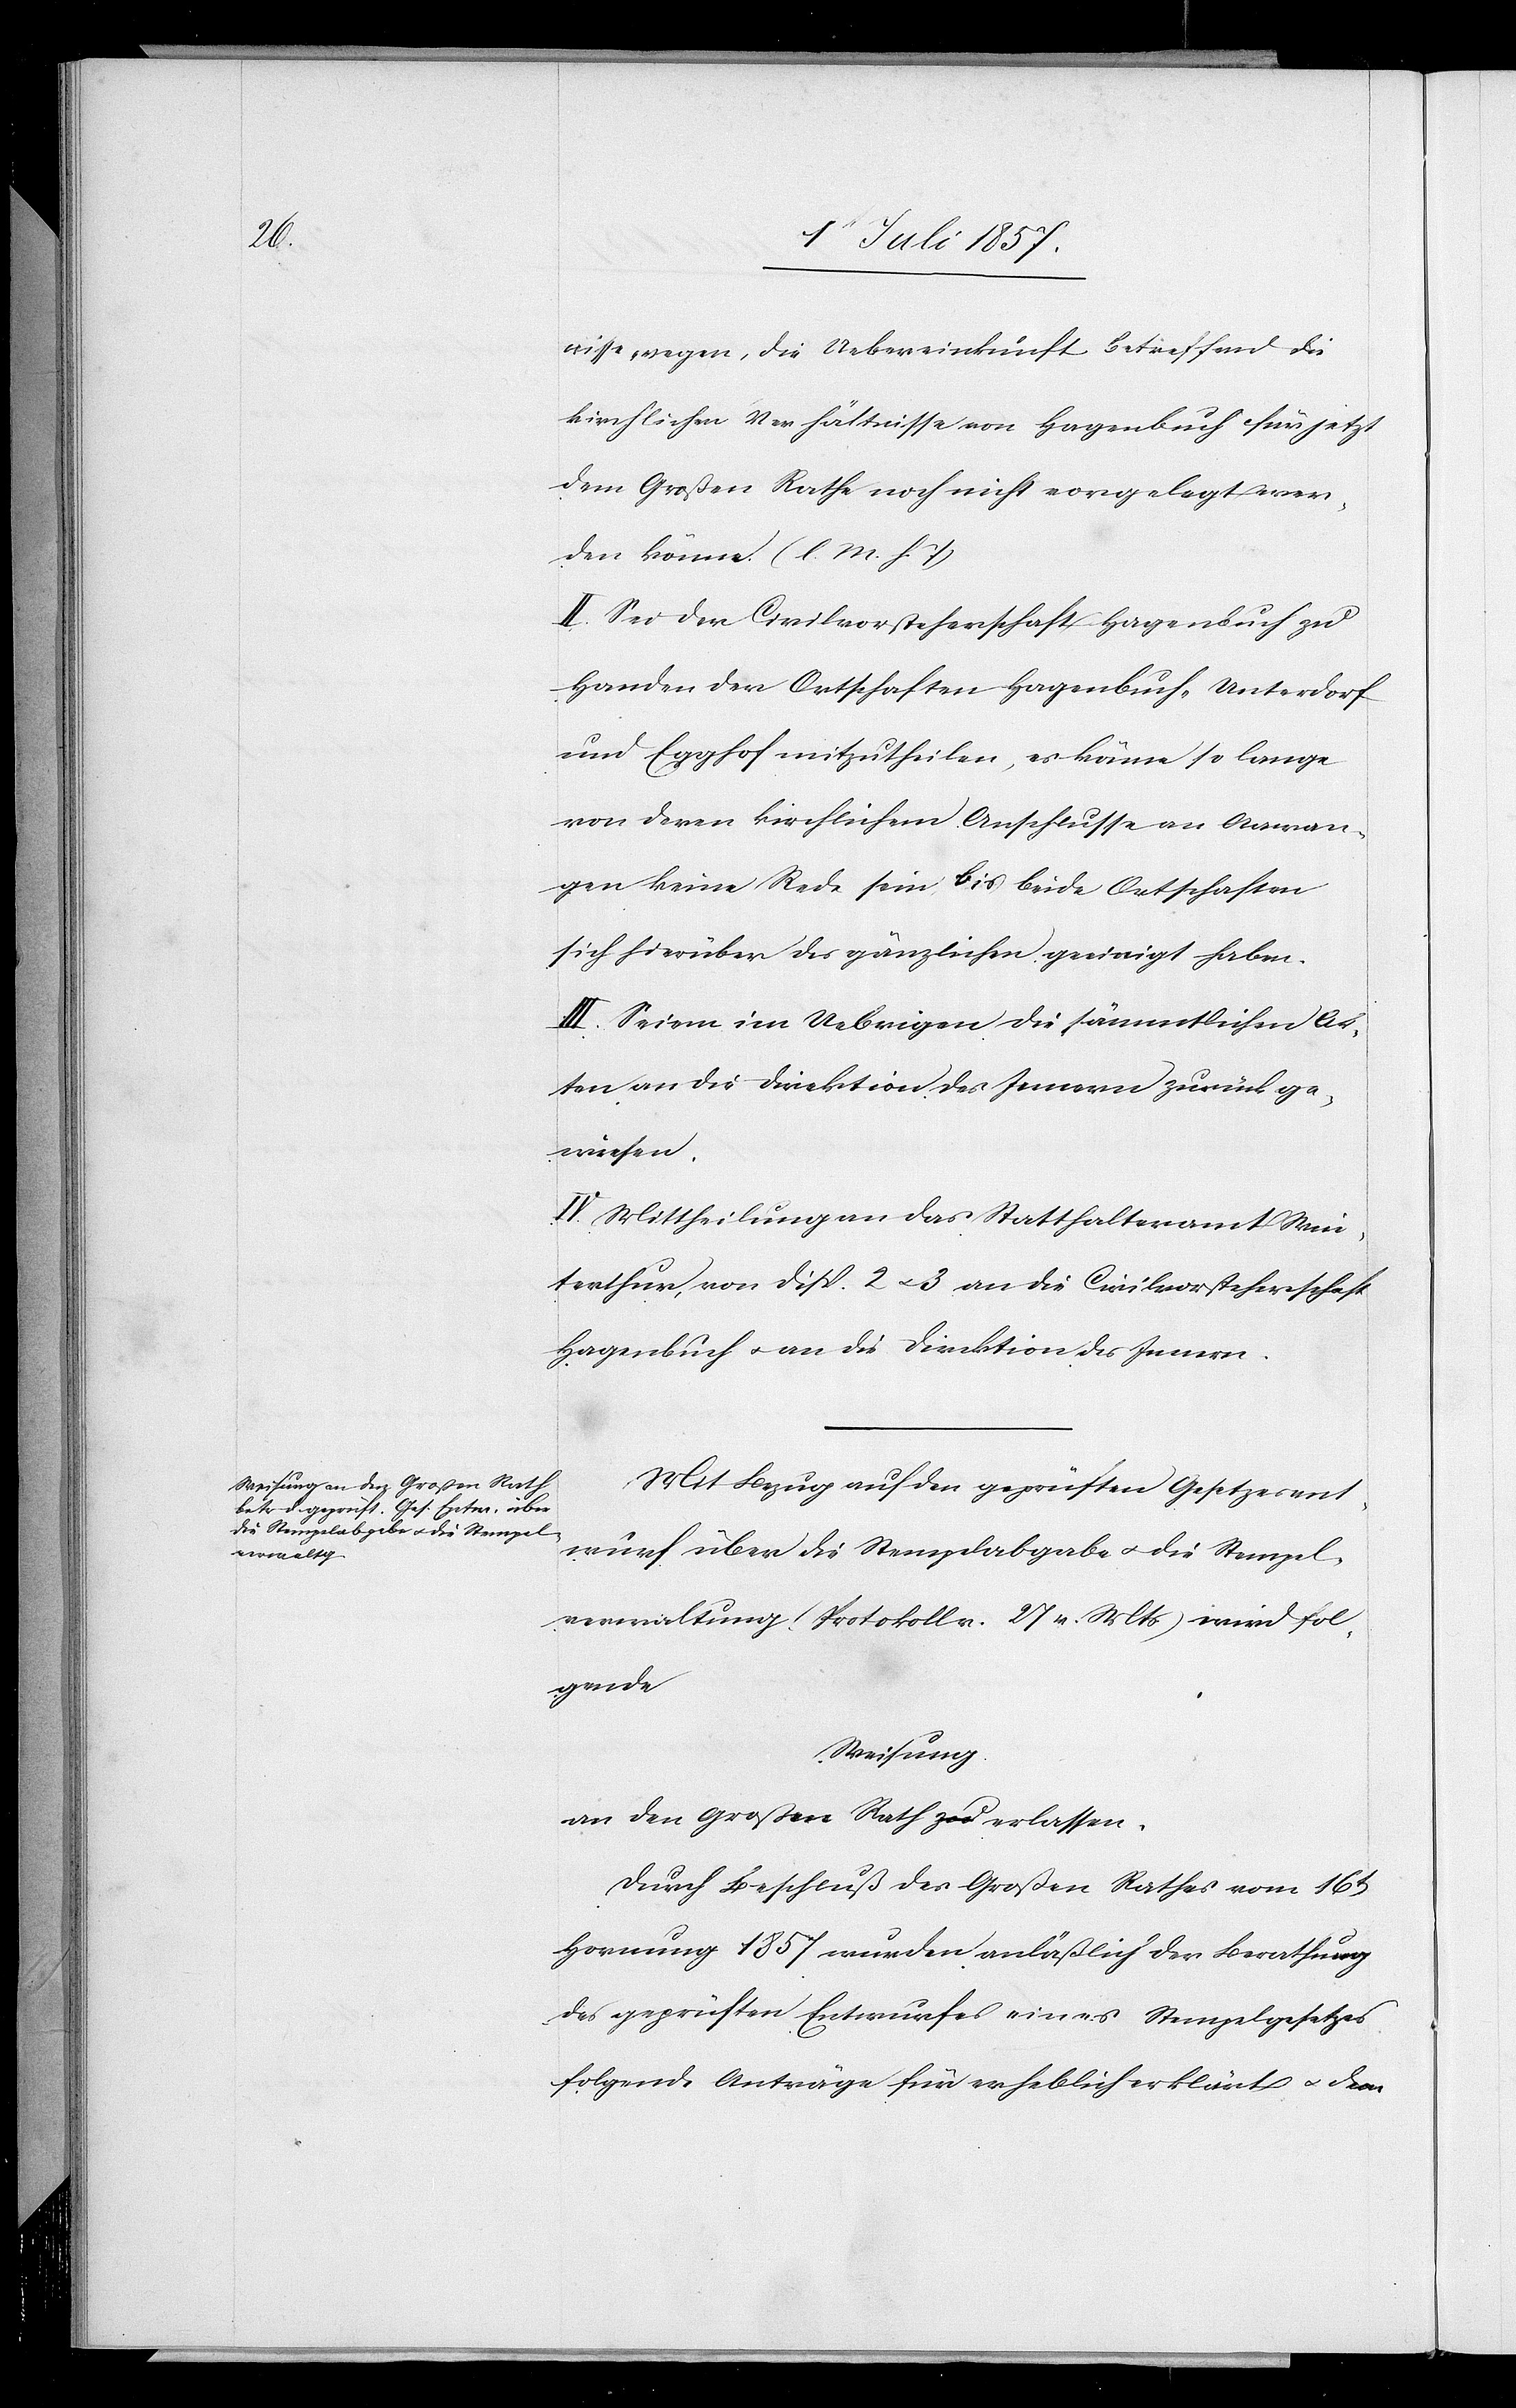
nisse wegen, die Uebereinkunft betreffend die
kirchlichen Verhältnisse von Hagenbuch für jetzt
dem Großen Rathe noch nicht vorgelegt wer¬
den könne. [l. M. h. T]
II. Sei der Civilvorsteherschaft Hagenbuch zu
Handen der Ortschaften Hagenbuch-Unterdorf
und Egghof mitzutheilen, es könne so lange
von deren kirchlichem Anschlusse an Aawan¬
gen keine Rede sein bis beide Ortschaften
sich hierüber des gänzlichen geeinigt haben.
III. Seien im Uebrigen die sämmtlichen Ak¬
ten an die Direktion des Innern zurückge¬
wiesen.
Mit Bezug auf den geprüften Gesetzesent¬
wurf über die Stempelabgabe & die Stempel¬
verwaltung (Protokoll v. 27 v. Mts.) wird fol¬
gende
Weisung.
an den Großen Rathes erlassen.
Durch Beschluß des Großen Rathes vom 16t
Hornung 1857 wurden anläßlich der Berathung
des geprüften Entwurfes eines Stempelgesetzes
folgende Anträge für erheblich erklärt & dem